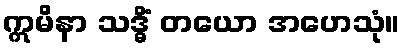
ဣမိနာ သဒ္ဓိံ တယော အဟေသုံ။